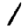
Digit: 1